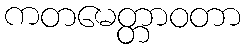
ကတမေတ္တာဝတာ